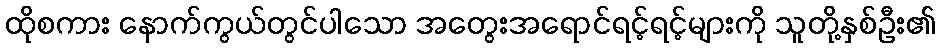
ထိုစကား နောက်ကွယ်တွင်ပါသော အတွေးအရောင်ရင့်ရင့်များကို သူတို့နှစ်ဦး၏